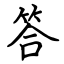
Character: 答